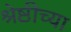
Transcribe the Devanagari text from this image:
श्रेष्ठीच्या